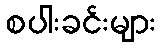
စပါးခင်းများ